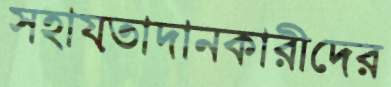
সহায়তাদানকারীদের